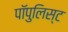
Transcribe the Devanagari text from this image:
पॉपुलिस्ट